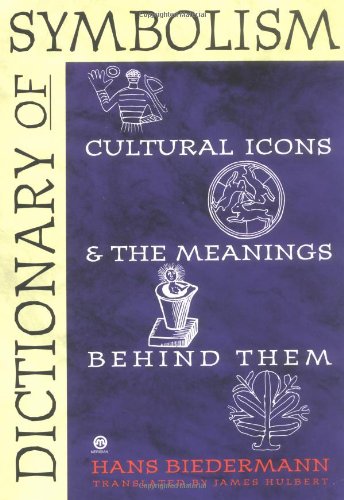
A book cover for Dictionary of Symbolism: Cultural Icons and the Meanings Behind Them; Hans Biedermann; Politics & Social Sciences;